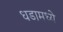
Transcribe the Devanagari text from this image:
धडामध्ये